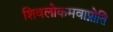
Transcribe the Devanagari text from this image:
शिवलोकमवाप्नोति